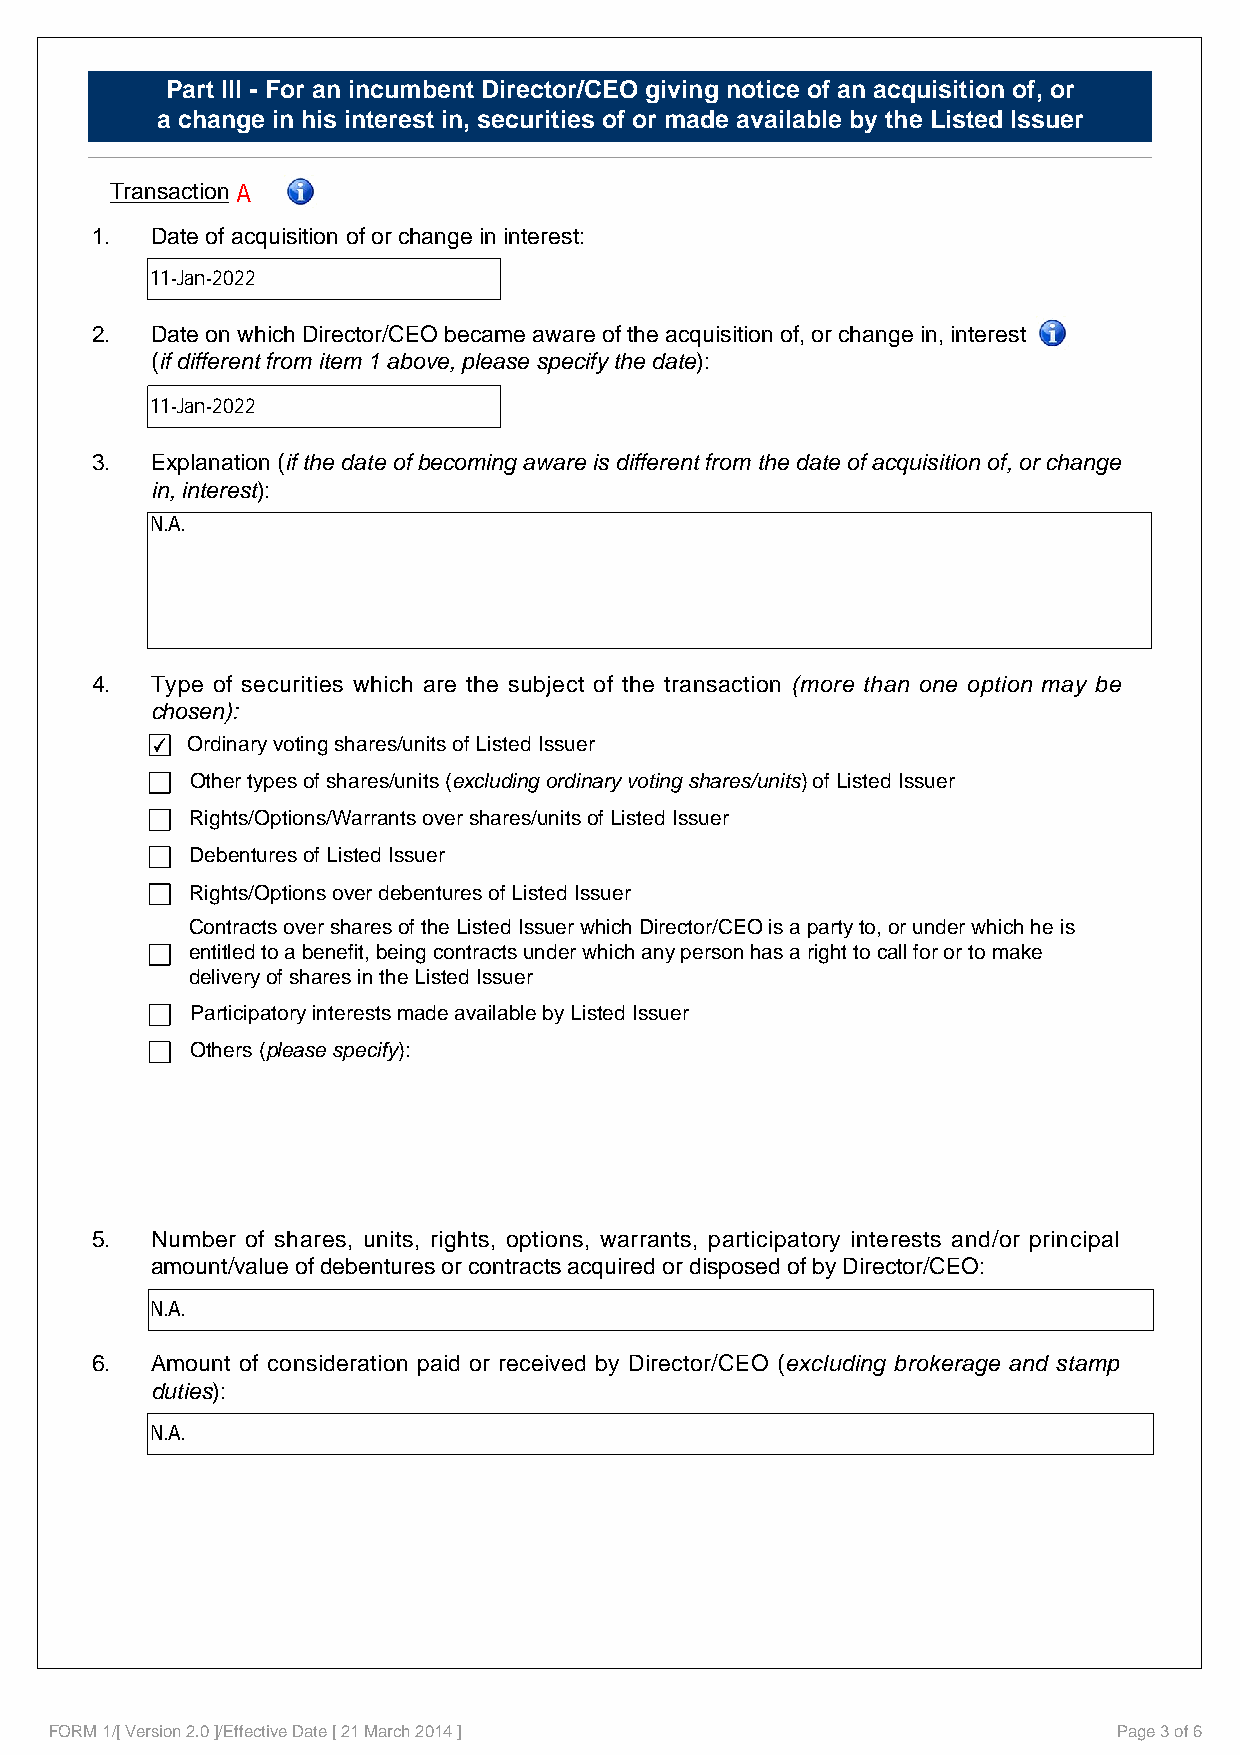
Part III - For an incumbent Director/CEO giving notice of an acquisition of, or
 a change in his interest in, securities of or made available by the Listed Issuer
 Transaction A
 1.  Date of acquisition of or change in interest:
 11-Jan-2022
 2.  Date on which Director/CEO became aware of the acquisition of, or change in, interest
 (if different from item 1 above, please specify the date):
 11-Jan-2022
 3.  Explanation (if the date of becoming aware is different from the date of acquisition of, or change
 in, interest):
 N.A.
 4.  Type of securities which are the subject of the transaction (more than one option may be
 chosen):
 Ordinary voting shares/units of Listed Issuer
 Other types of shares/units (excluding ordinary voting shares/units) of Listed Issuer
 Rights/Options/Warrants over shares/units of Listed Issuer
 Debentures of Listed Issuer
 Rights/Options over debentures of Listed Issuer
 Contracts over shares of the Listed Issuer which Director/CEO is a party to, or under which he is
 entitled to a benefit, being contracts under which any person has a right to call for or to make
 delivery of shares in the Listed Issuer
 Participatory interests made available by Listed Issuer
 Others (please specify):
 5.  Number of shares, units, rights, options, warrants, participatory interests and/or principal
 amount/value of debentures or contracts acquired or disposed of by Director/CEO:
 N.A.
 6.  Amount of consideration paid or received by Director/CEO (excluding brokerage and stamp
 duties):
 N.A.
 FORM 1/[ Version 2.0 ]/Effective Date [ 21 March 2014 ]                Page 3 of 6